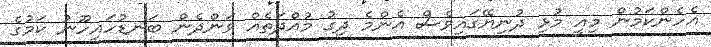
އެހެންކަމުން މިއީ މުޅި ދުނިޔޭގައިވެސް އެންމެ ދިގު މުއްދަތެއް ވަންދެން ބަނޑުހައިހޫނު ކަމުގެ